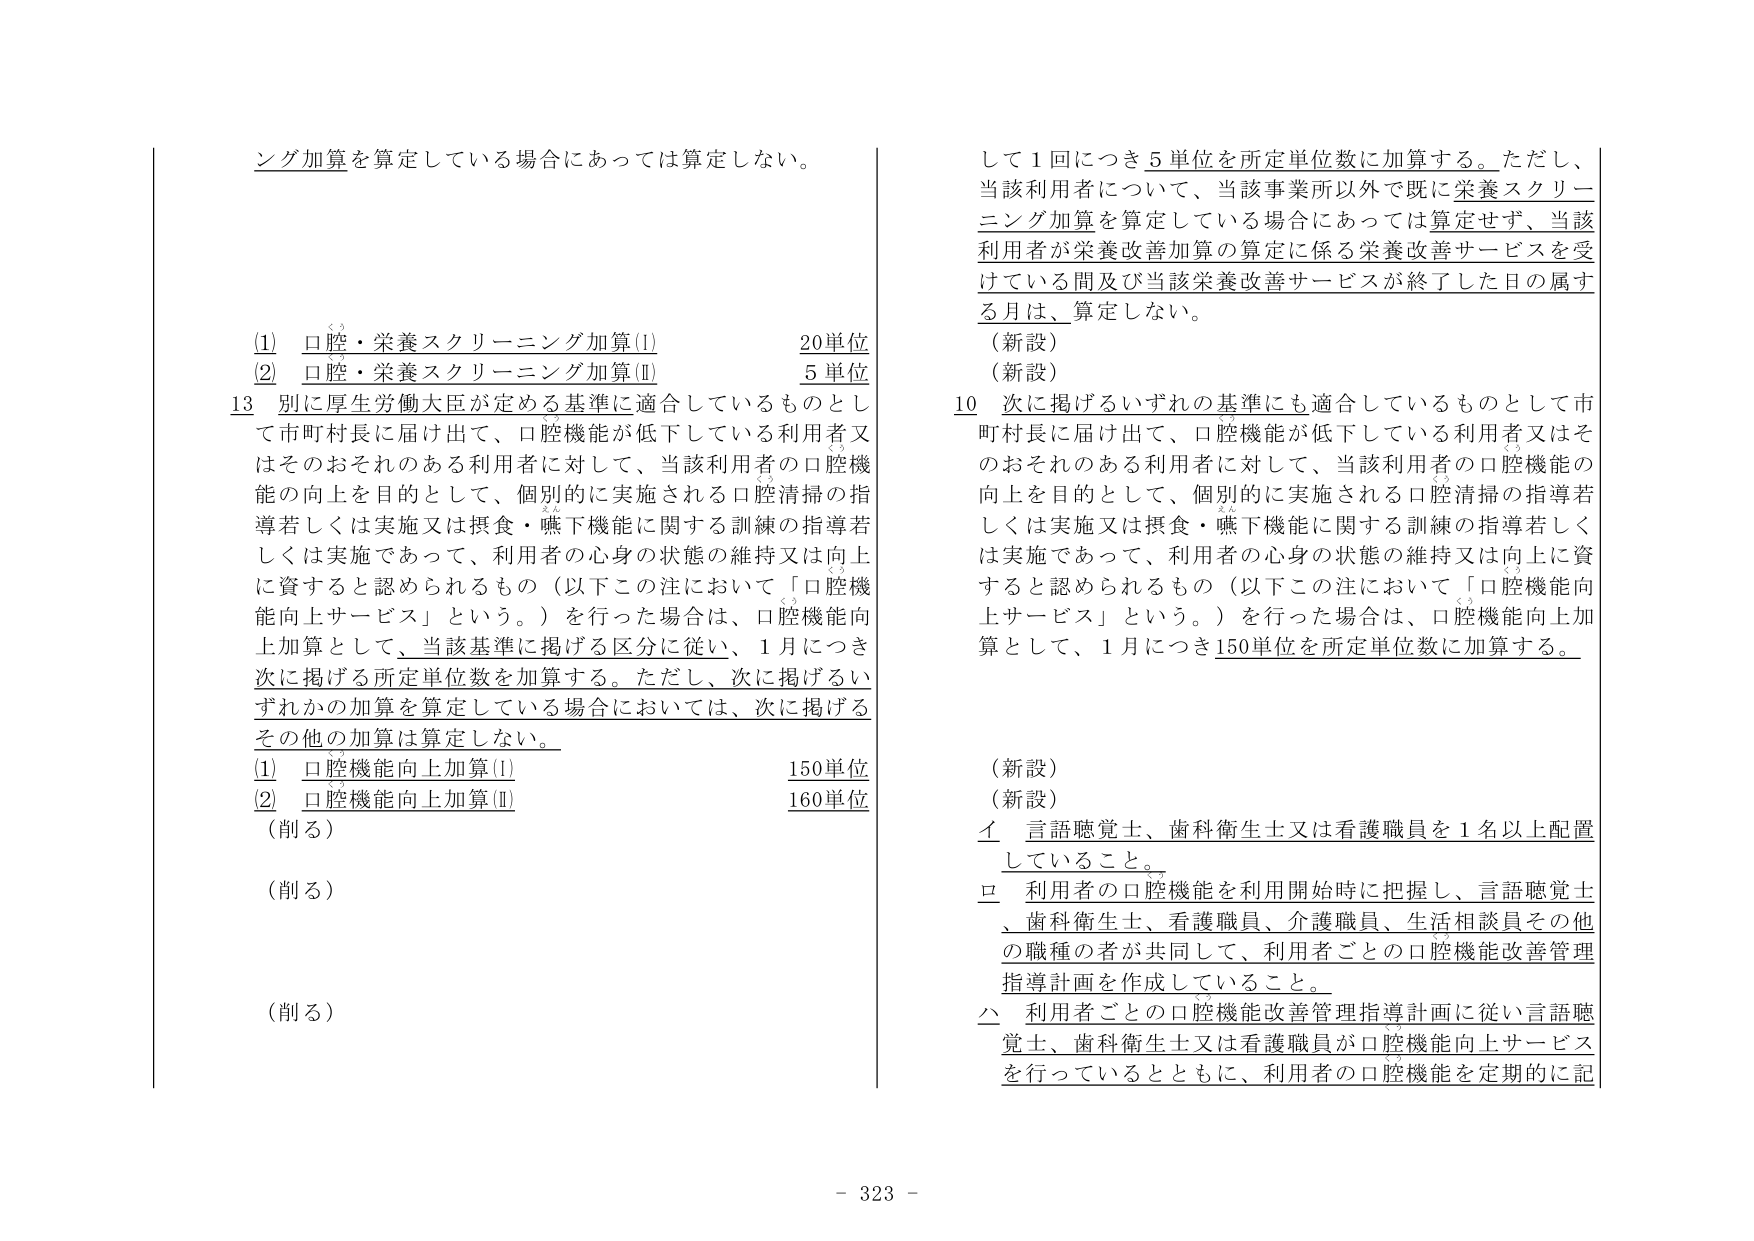
シング加算を算定している場合にあっては算定しない。

(1) 口腔・栄養スクリーニング加算(I) 20単位
(2) 口腔・栄養スクリーニング加算(II) 5単位

13 別に厚生労働大臣が定める基準に適合しているものとして市町村長に届け出て、口腔機能が低下している利用者又はそのおそれのある利用者に対して、当該利用者の口腔機能の向上を目的として、個別的に実施される口腔清掃の指導若しくは実施又は摂食・嚥下機能に関する訓練の指導若しくは実施であって、利用者の心身の状態の維持又は向上に資すると認められるもの（以下この注において「口腔機能向上サービス」という。）を行った場合は、口腔機能向上加算として、当該基準に掲げる区分に従い、1月につき次に掲げる所定単位数を加算する。ただし、次に掲げるいずれかの加算を算定している場合においては、次に掲げるその他の加算は算定しない。

(1) 口腔機能向上加算(I) 150単位
(2) 口腔機能向上加算(II) 160単位

（削る）
（削る）
（削る）

して1回につき5単位を所定単位数に加算する。ただし、当該利用者について、当該事業所以外で既に栄養スクリーニング加算を算定している場合にあっては算定せず、当該利用者が栄養改善加算の算定に係る栄養改善サービスを受けている間及び当該栄養改善サービスが終了した日の属する月は、算定しない。

（新設）
（新設）

10 次に掲げるいずれの基準にも適合しているものとして市町村長に届け出て、口腔機能が低下している利用者又はそのおそれのある利用者に対して、当該利用者の口腔機能の向上を目的として、個別的に実施される口腔清掃の指導若しくは実施又は摂食・嚥下機能に関する訓練の指導若しくは実施であって、利用者の心身の状態の維持又は向上に資すると認められるもの（以下この注において「口腔機能向上サービス」という。）を行った場合は、口腔機能向上加算として、1月につき150単位を所定単位数に加算する。

（新設）
（新設）

イ 言語聴覚士、歯科衛生士又は看護職員を1名以上配置していること。
ロ 利用者の口腔機能を利用開始時に把握し、言語聴覚士、歯科衛生士、看護職員、介護職員、生活相談員その他 の職種の者が共同して、利用者ごとの口腔機能改善管理指導計画を作成していること。
ハ 利用者ごとの口腔機能改善管理指導計画に従い言語聴覚士、歯科衛生士又は看護職員が口腔機能向上サービスを行っているとともに、利用者の口腔機能を定期的に記

- 323 -